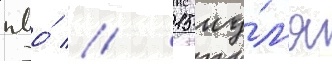
пво́ // 15 иу́л'я